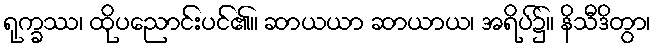
ရုက္ခဿ၊ ထိုပညောင်းပင်၏။ ဆာယယာ ဆာယာယ၊ အရိပ်၌။ နိသီဒိတွာ၊